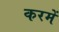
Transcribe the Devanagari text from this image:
करमें